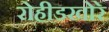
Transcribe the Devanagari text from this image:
रोहीडखोरे